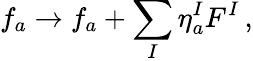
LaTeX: f_{a}\rightarrow f_{a}+\sum_{I}\eta_{a}^{I}F^{I}\, ,